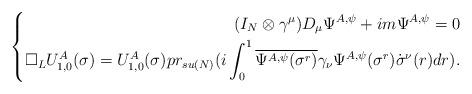
LaTeX: \begin{align*} \left\{\begin{aligned}(I_N\otimes\gamma^\mu) D_\mu\Psi^{A,\psi}+i m\Psi^{A,\psi}=0\\\Box_{L}U^A_{1,0}(\sigma)=U^A_{1,0}(\sigma)pr_{su(N)}(i\int_0^1\overline{\Psi^{A,\psi}(\sigma^r)}\gamma_\nu\Psi^{A,\psi}(\sigma^r)\dot{\sigma}^\nu(r)dr).\end{aligned}\right.\end{align*}